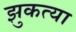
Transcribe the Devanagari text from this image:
झुकत्या